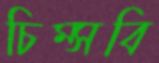
চিম্‌সবি